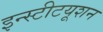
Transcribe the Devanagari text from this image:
इन्स्टीटयूशन